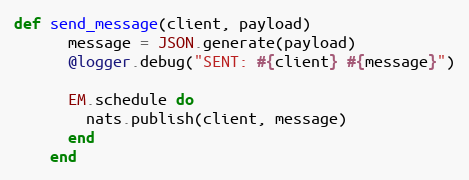
Language: Ruby
def send_message(client, payload)
      message = JSON.generate(payload)
      @logger.debug("SENT: #{client} #{message}")

      EM.schedule do
        nats.publish(client, message)
      end
    end